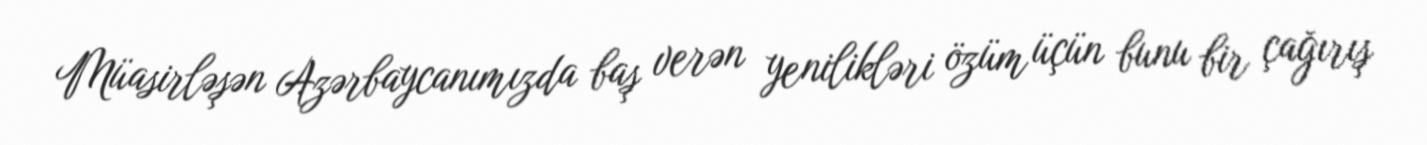
Müasirləşən Azərbaycanımızda baş verən yenilikləri özüm üçün bunu bir çağırış